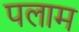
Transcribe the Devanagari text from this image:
पलाम